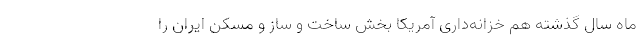
ماه سال گذشته هم خزانه‌داری آمریکا بخش ساخت و ساز و مسکن ایران را